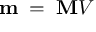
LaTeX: \mathbf { m } \; = \; \mathbf { M } V